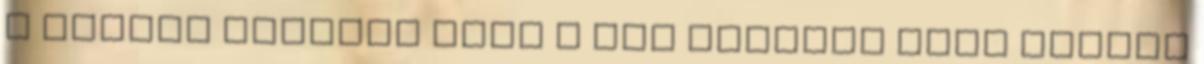
A tervek szerint idén a tér Czuczor utca felőli